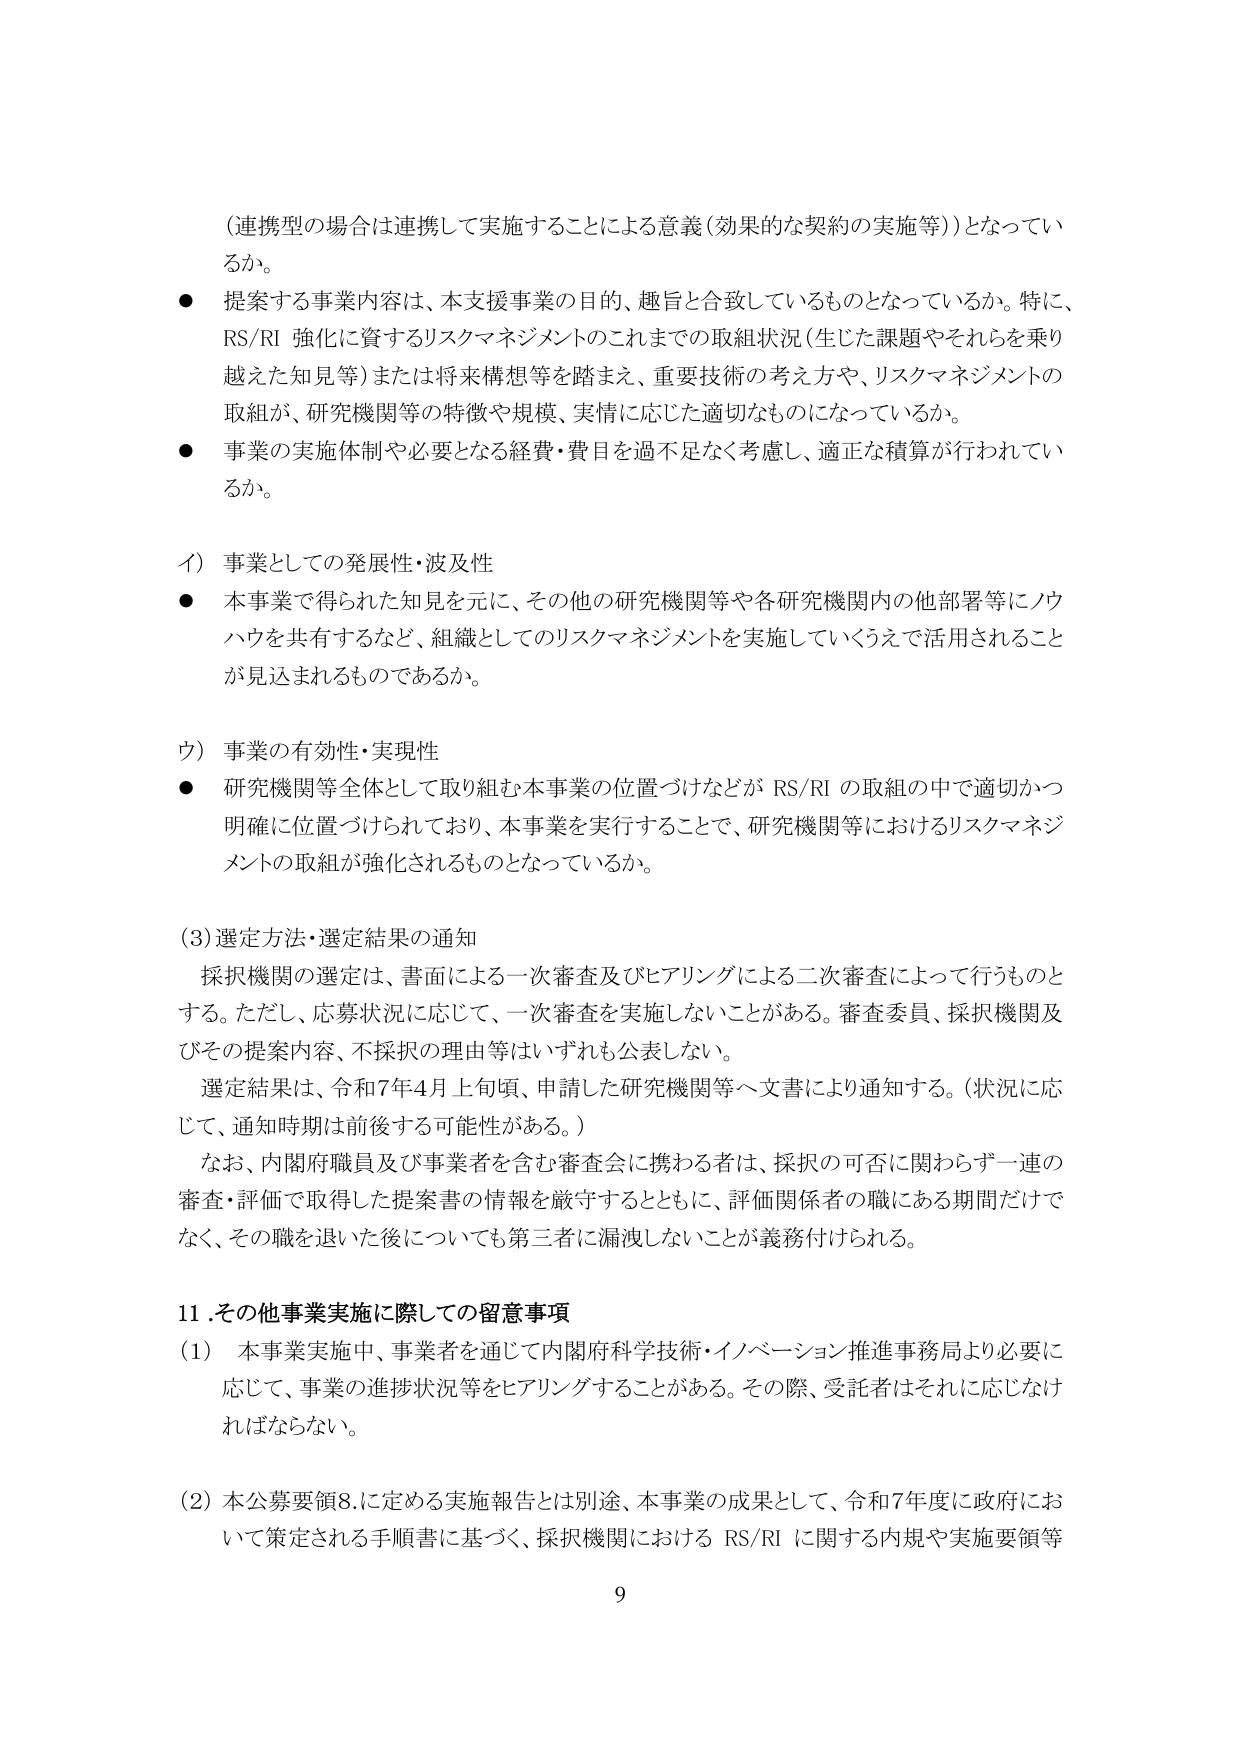
（連携型の場合は連携して実施することによる意義（効果的な契約の実施等））となっているか。

● 提案する事業内容は、本支援事業の目的、趣旨と合致しているものとなっているか。特に、RS/RI 強化に資するリスクマネジメントのこれまでの取組状況（生じた課題やそれらを乗り越えた知見等）または将来構想等を踏まえ、重要技術の考え方や、リスクマネジメントの取組が、研究機関等の特徴や規模、実情に応じた適切なものになっているか。

● 事業の実施体制や必要となる経費・費目を過不足なく考慮し、適正な積算が行われているか。

イ）事業としての発展性・波及性

● 本事業で得られた知見を元に、その他の研究機関等や各研究機関内の他部署等にノウハウを共有するなど、組織としてのリスクマネジメントを実施していくうえで活用されることが見込まれるものであるか。

ウ）事業の有効性・実現性

● 研究機関等全体として取り組む本事業の位置づけなどが RS/RI の取組の中で適切かつ明確に位置づけられており、本事業を実行することで、研究機関等におけるリスクマネジメントの取組が強化されるものとなっているか。

（3）選定方法・選定結果の通知

採択機関の選定は、書面による一次審査及びヒアリングによる二次審査によって行うものとする。ただし、応募状況に応じて、一次審査を実施しないことがある。審査委員、採択機関及びその提案内容、不採択の理由等はいずれも公表しない。

選定結果は、令和7年4月上旬頃、申請した研究機関等へ文書により通知する。（状況に応じて、通知時期は前後する可能性がある。）

なお、内閣府職員及び事業者を含む審査会に携わる者は、採択の可否に関わらず一連の審査・評価で取得した提案書の情報を厳守するとともに、評価関係者の職にある期間だけでなく、その職を退いた後についても第三者に漏洩しないことが義務付けられる。

11．その他事業実施に際しての留意事項

（1） 本事業実施中、事業者を通じて内閣府科学技術・イノベーション推進事務局より必要に応じて、事業の進捗状況等をヒアリングすることがある。その際、受託者はそれに応じなければならない。

（2）本公募要領8.に定める実施報告とは別途、本事業の成果として、令和7年度に政府において策定される手順書に基づく、採択機関における RS/RI に関する内規や実施要領等

9